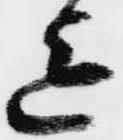
迄